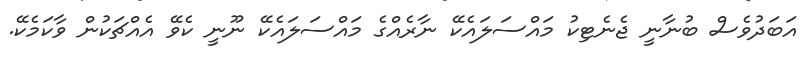
އަބަދުވެސް ބުނާނީ ޖެނެޓިކު މައްސަލައެކޭ ނާރެއްގެ މައްސަލައެކޭ ނޫނީ ކެވޭ އެއްޗަކުން ވާކަމެކޭ.